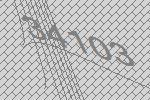
34103